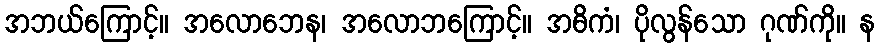
အဘယ်ကြောင့်။ အလောဘေန၊ အလောဘကြောင့်။ အဓိကံ၊ ပိုလွန်သော ဂုဏ်ကို။ န